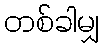
တစ်ခါမျှ